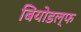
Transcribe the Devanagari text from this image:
बियोडल्फ